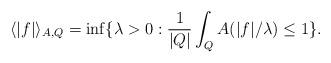
LaTeX: \begin{align*}\langle |f |\rangle_{A, Q}= \inf\{\lambda>0: \frac 1{|Q|}\int_Q A(|f|/\lambda)\le 1\}.\end{align*}